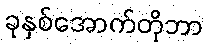
ခုနှစ်အောက်တိုဘာ